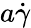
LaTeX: a\dot{\gamma}